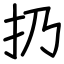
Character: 扔